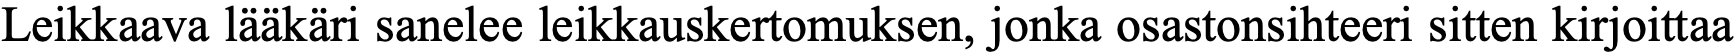
Leikkaava lääkäri sanelee leikkauskertomuksen, jonka osastonsihteeri sitten kirjoittaa